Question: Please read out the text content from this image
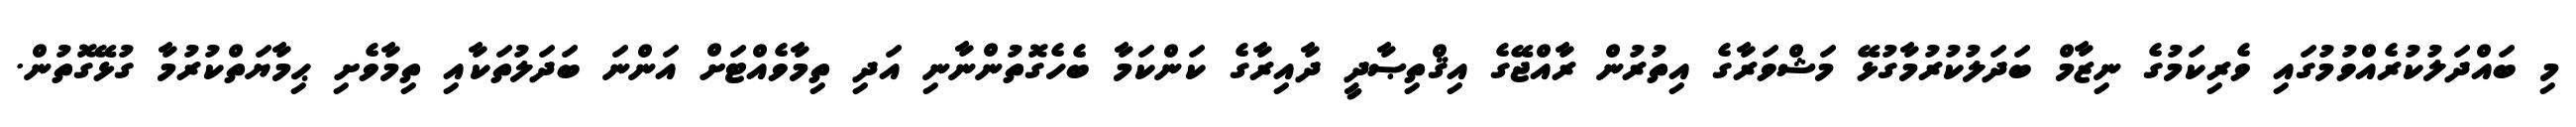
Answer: މި ބައްދަލުކުރެއްވުމުގައި ވެރިކަމުގެ ނިޒާމް ބަދަލުކުރުމާގުޅޭ މަޝްވަރާގެ އިތުރުން ރާއްޖޭގެ އިޤްތިޞާދީ ދާއިރާގެ ކަންކަމާ ބެހެގޮތުންނާނި އަދި ތިމާވެއްޓަށް އަންނަ ބަދަލުތަކާއި ތިމާވެށި ޙިމާޔަތްކުރުމާ ގުޅޭގޮތުން.